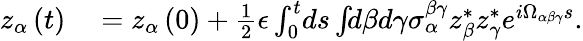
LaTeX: \begin{array}{rl}{z_{\alpha}\left(t\right)}&{{}=z_{\alpha}\left(0\right)+\frac{1}{2}\epsilon\int_{0}^{t}\! ds\int\! \! d\beta d\gamma\sigma_{\alpha}^{\beta\gamma}z_{\beta}^{*}z_{\gamma}^{*}e^{i\Omega_{\alpha\beta\gamma}s}.}\end{array}